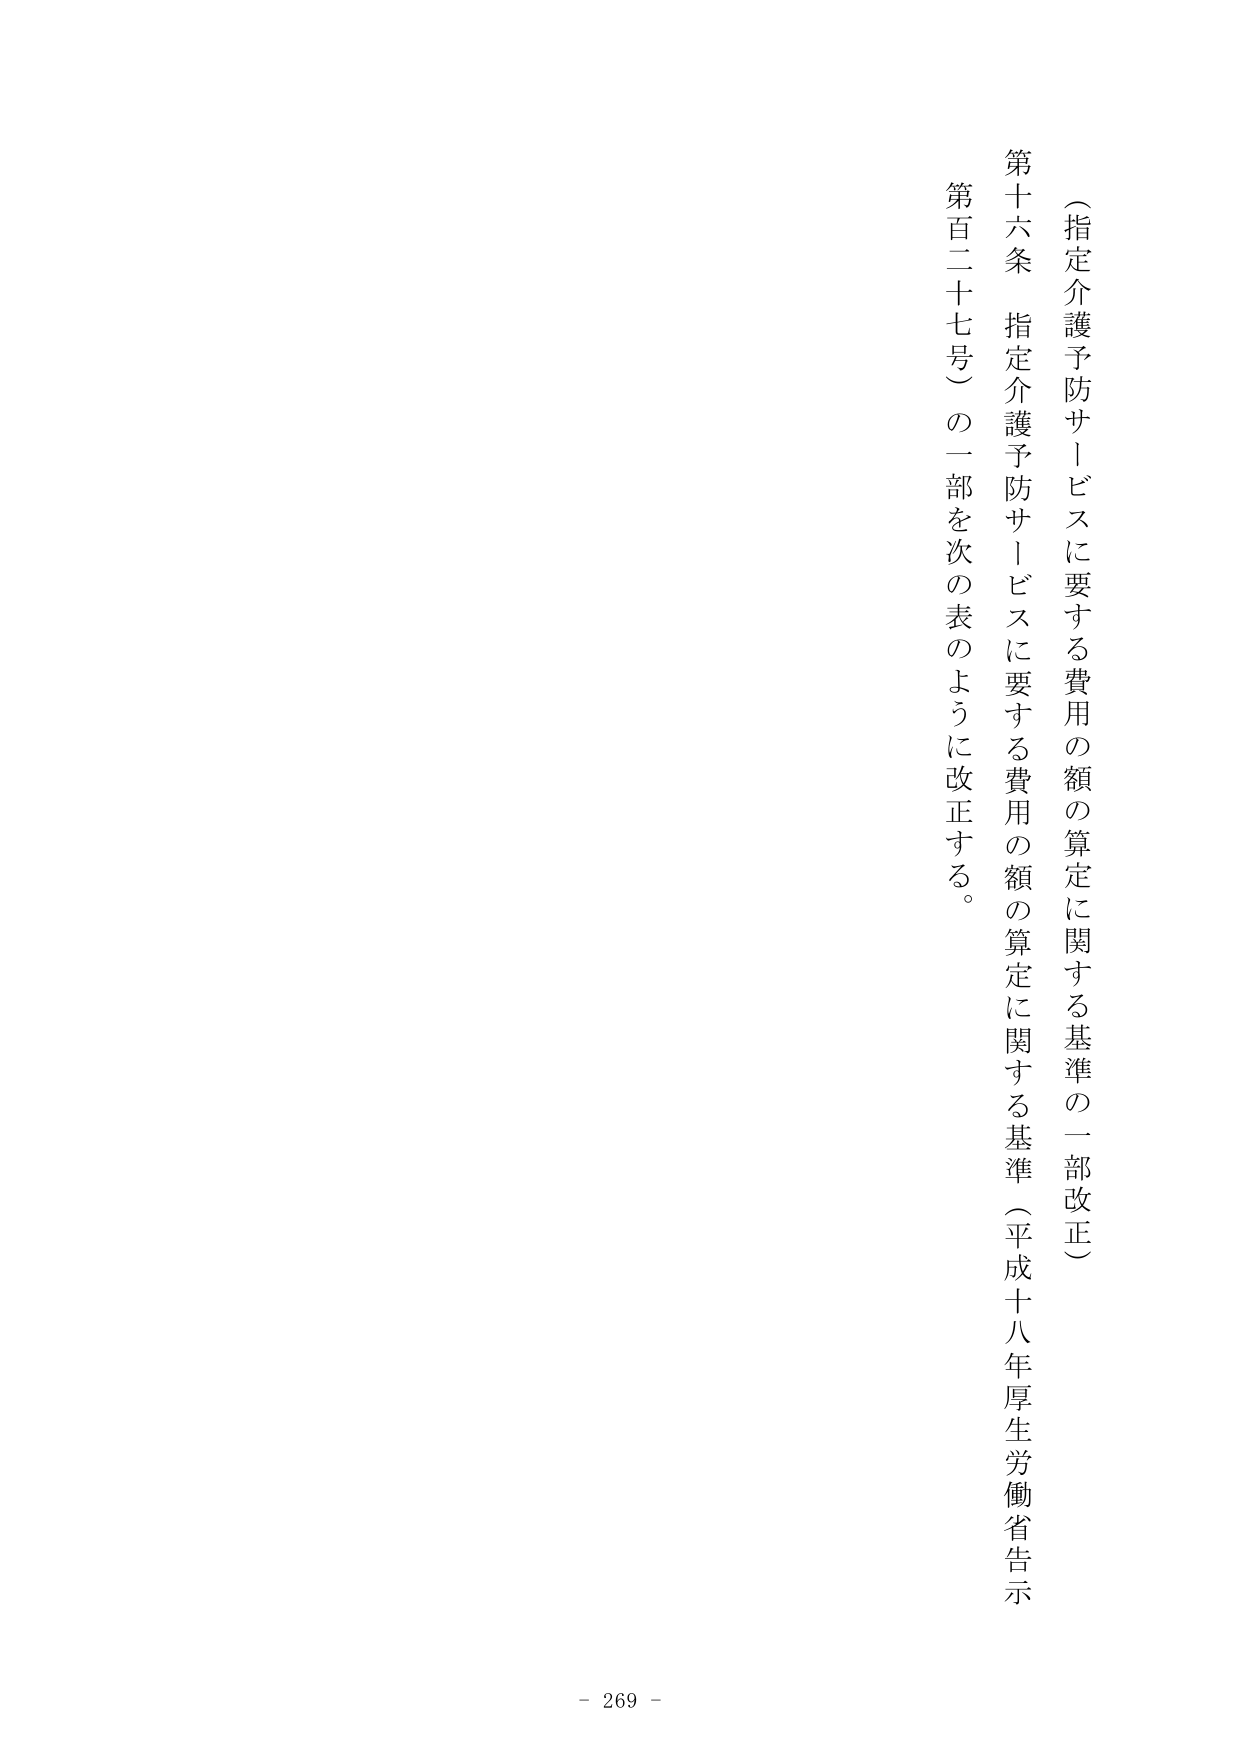
（指定介護予防サービスに要する費用の額の算定に関する基準の一部改正）

第十六条 指定介護予防サービスに要する費用の額の算定に関する基準（平成十八年厚生労働省告示第百二十七号）の一部を次の表のように改正する。

- 269 -